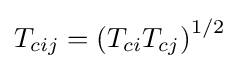
T_{cij}=\left(T_{ci}T_{cj}\right)^{1/2}